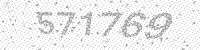
Solution: 571769